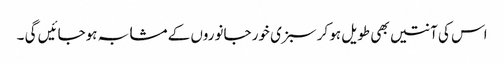
اس کی آنتیں بھی طویل ہو کر سبزی خور جانوروں کے مشابہ ہوجائیں گی ۔